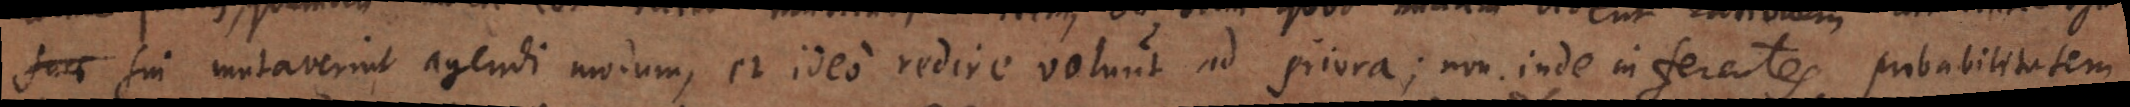
faci sui mutaverint agendi modum, et ideo redire volunt ad priora; non inde inferentes probabilitatem